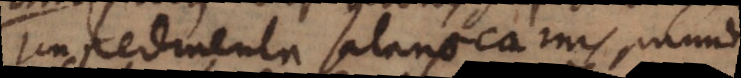
impedimenta satanae, carnis, mundi).